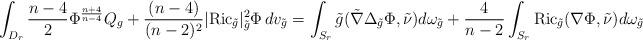
LaTeX: \begin{align*}\int_{D_r}\frac{n-4}{2}\Phi^{\frac{n+4}{n-4}}Q_{g}+ \frac{(n-4)}{(n-2)^2}|\mathrm{Ric}_{\tilde{g}}|^2_{\tilde{g}}\Phi \, dv_{\tilde{g}} = \int_{S_r}\tilde{g}(\tilde{\nabla}\Delta_{\tilde{g}}\Phi,\tilde{\nu})d\omega_{\tilde{g}} + \frac{4}{n-2}\int_{S_r}\mathrm{Ric}_{\tilde{g}}(\nabla\Phi,\tilde{\nu}) d\omega_{\tilde{g}} \end{align*}